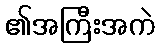
၏အကြီးအကဲ